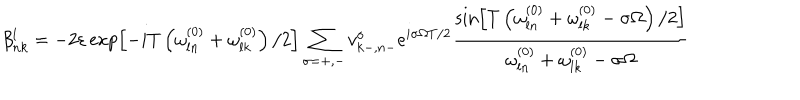
\beta _ { n k } ^ { l } = - 2 \varepsilon \exp \left[ - i T \left( \omega _ { l n } ^ { ( 0 ) } + \omega _ { l k } ^ { ( 0 ) } \right) / 2 \right] \sum _ { \sigma = + , - } v _ { k - , n - } ^ { \sigma } e ^ { i \sigma \Omega T / 2 } \frac { \sin \left[ T \left( \omega _ { l n } ^ { ( 0 ) } + \omega _ { l k } ^ { ( 0 ) } - \sigma \Omega \right) / 2 \right] } { \omega _ { l n } ^ { ( 0 ) } + \omega _ { l k } ^ { ( 0 ) } - \sigma \Omega }